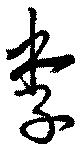
季